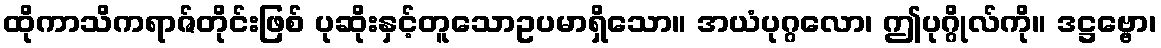
ထိုကာသိကရာဇ်တိုင်းဖြစ် ပုဆိုးနှင့်တူသောဥပမာရှိသော။ အယံပုဂ္ဂလော၊ ဤပုဂ္ဂိုလ်ကို။ ဒဋ္ဌဗ္ဗော၊